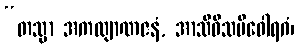
“တသ္မာ အကလျာဏဇနံ, အာသီဝိသမိဝေါရဂံ၊